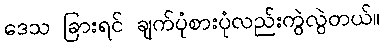
ဒေသ ခြားရင် ချက်ပုံစားပုံလည်းကွဲလွဲတယ်။